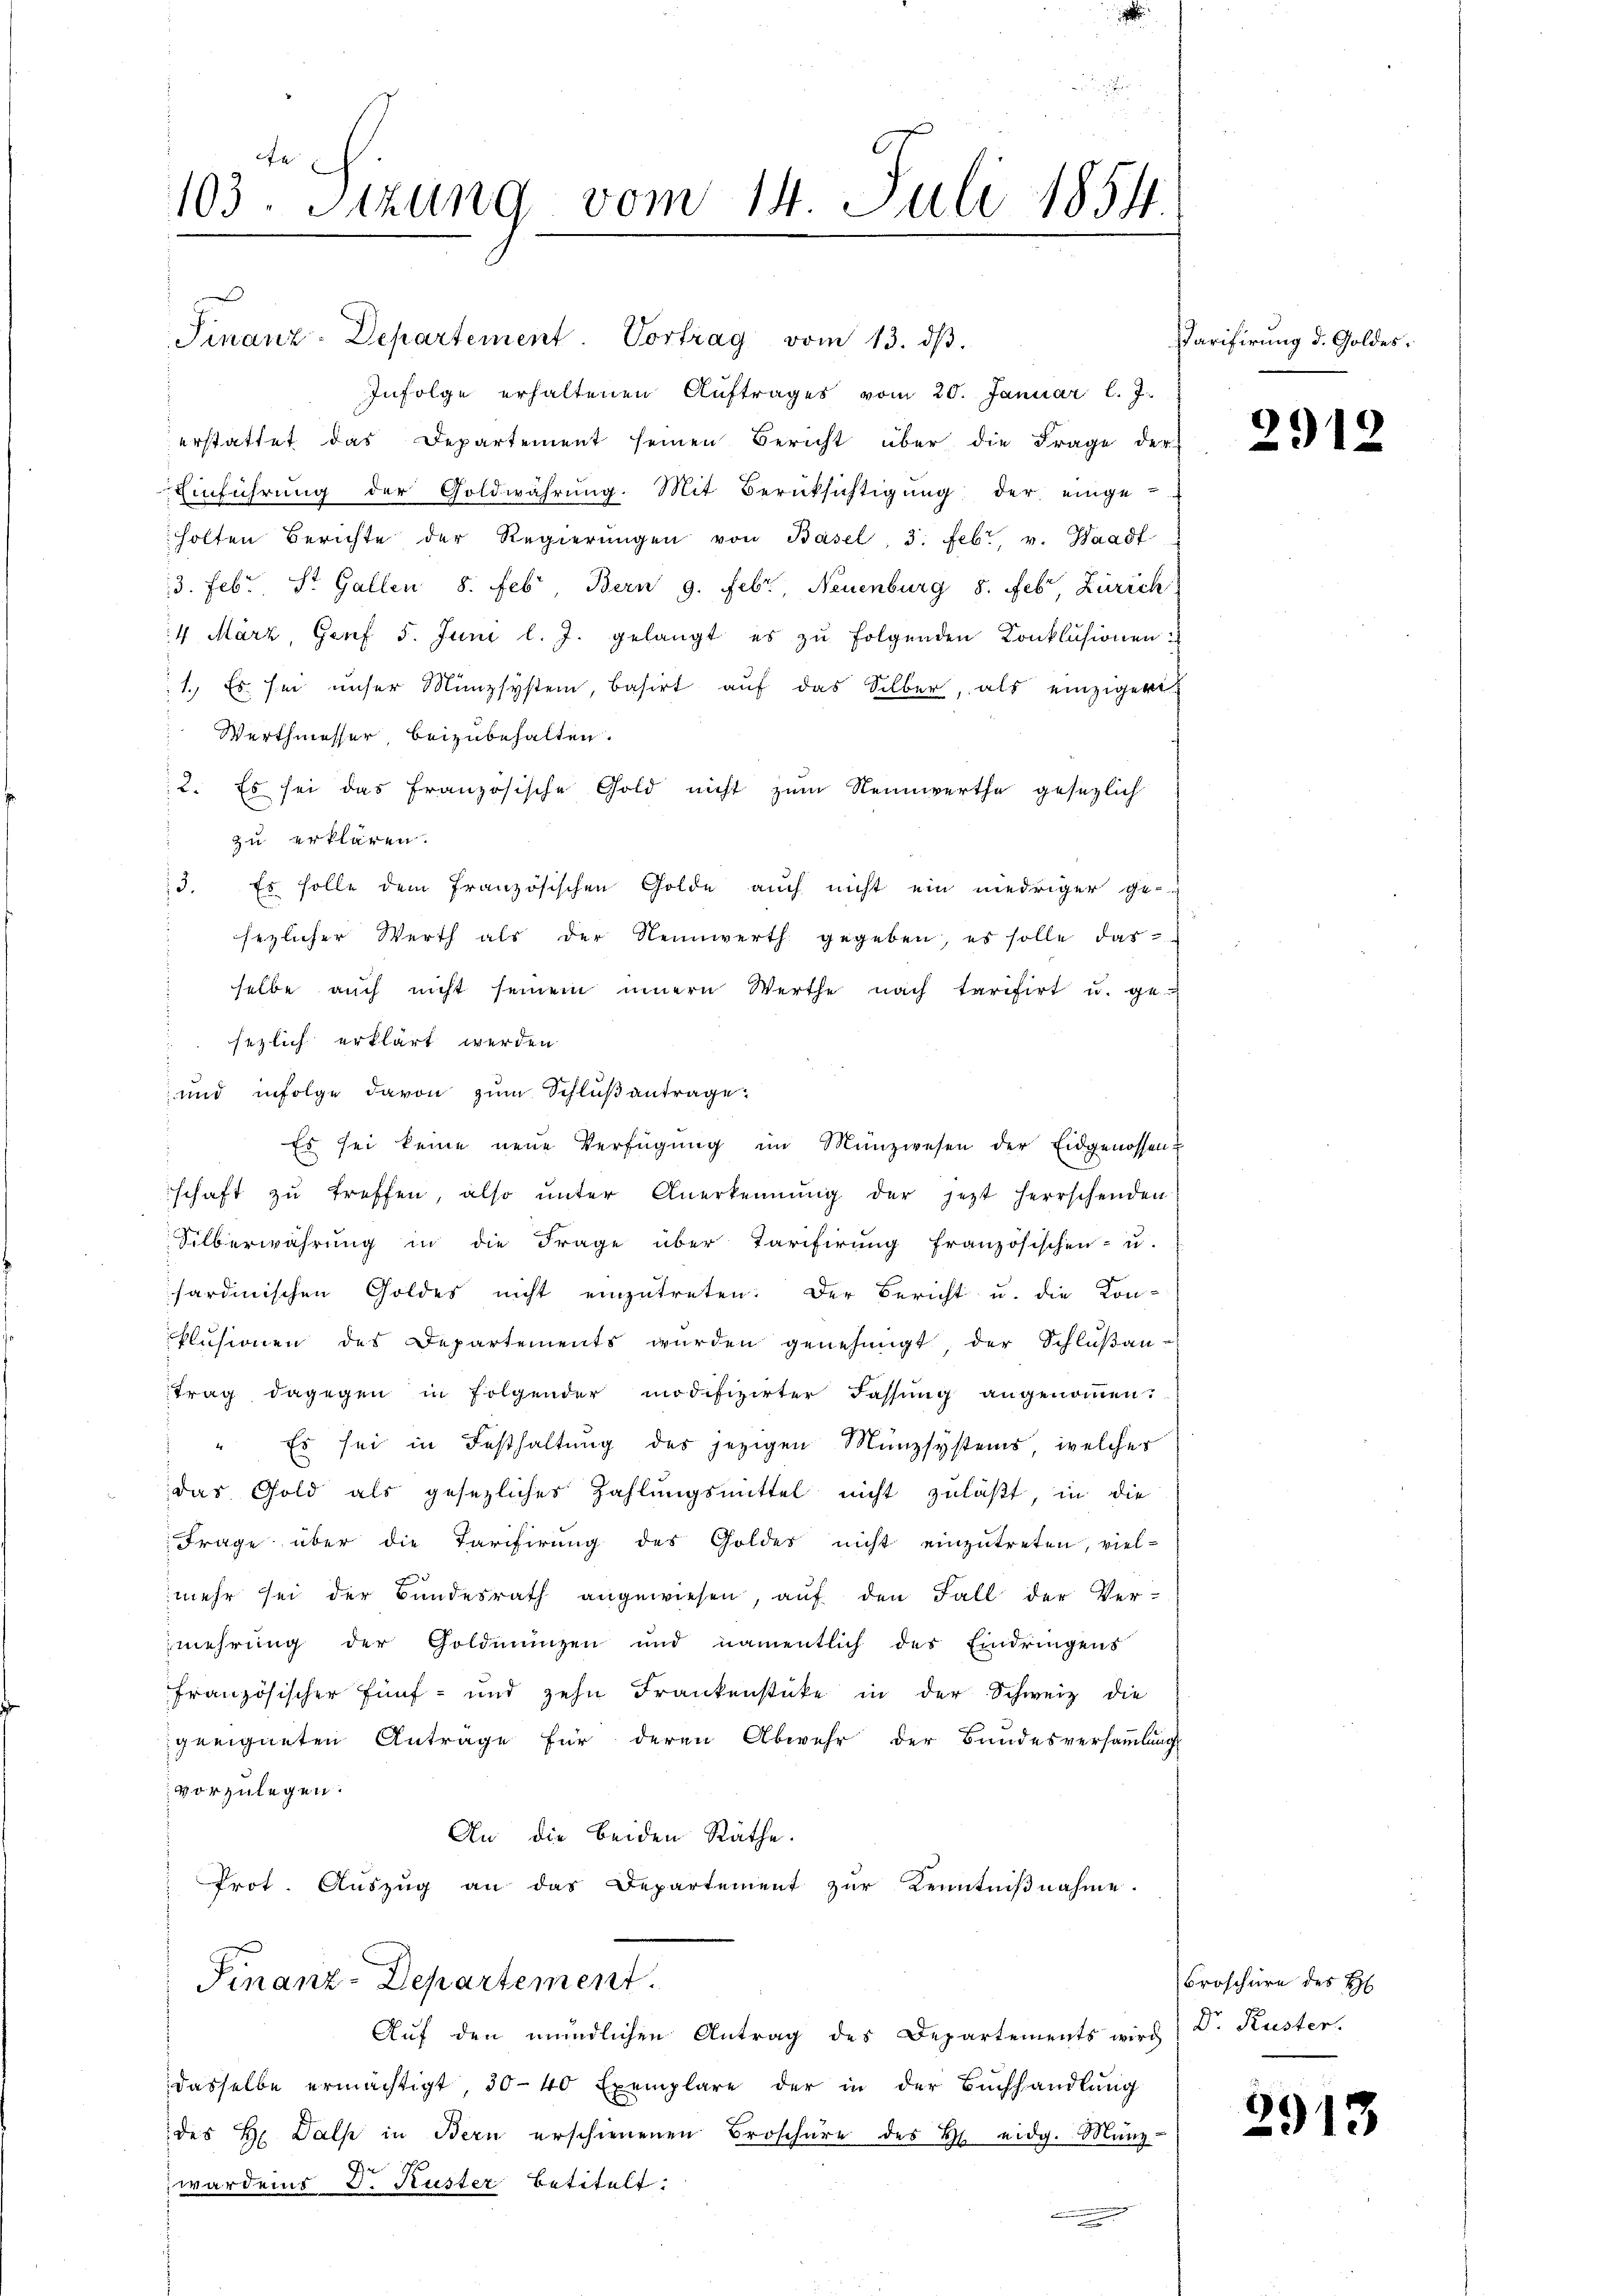
e
103. Stzung vom 14. Juli 1854
—

Finanz-Departement. Vortrag vom 13. dβ.
Infolge erhaltenen Auftrages vom 20. Januar l. J.
erstattet das Departement seinen Bericht über die Frage der
Einführung der Goldwährung. Mit Berüksichtigung der einge-
holten Berichte der Regierŭngen von Basel, 3. Febr. v. Waadt
13. Febr. St. Gallen 8. Feb. Bern 9. Febr., Neuenburg 8. Feb. Zürich
4 März, Genf 5. Juni l. J. gelangt es zu folgenden Conklusionen
1. Es sei unser Münzsystem, basirt auf das Silber, als einzigerte
Werthmesser, beizubehalten.
2. Es sei das französische Gold nicht zum Nennwerthe gesezlich
zu erklären.
13. Es solle dem französischen Golde auch nicht ein niedriger ge-
sezlicher Werth als der Nennwerth gegeben, es solle das
selbe aŭch nicht seinem innern Werthe nach tarifirt u. ge-
sezlich erklärt werden
und infolge davon zum Schlußantrage.
Es sei keine neue Verfügŭng im Münzwesen der Eidgenossen-
schaft zu treffen, also unter Anerkennung der jetzt herrschenden
Silberwährung in die Frage über Tarifirung französischen- u.
sardinischen Goldes nicht einzutreten. Der Bericht u. die Kon-
plusionen des Departements wurden genehmigt, der Schlußan-
trag dagegen in Folgender modifizirter Fassung angenoṁen.
 " Es sei in Festhaltŭng des jezigen Münzsystems, welches
das Gold als gesezlicher Zahlungsmittel nicht zuläßt, in die
Frage über die Tarifirung des Goldes nicht einzŭtreten, viel-
mehr sei der Bundesrath angewiesen, aŭf den Fall der Ver-
mehrung der Goldmünzen und namentlich des Eindringens
französischer Fünf- und zehn Frankenstücke in der Schweiz die
geeigneten Antrage für deren Abwehr der Bundesversammlung
vorzulegen.
An die beiden Räthe.
Prot. Auszug an das Departement zur Kenntniβnahme.
Finanz-Departement.
Aŭf den mündlichen Antrag des Departements wird; D. Kuster,
dasselbe ermächtigt, 30-40 Exemplare der in der Buchhandlung
des H. Dalse in Bern erschienenen Broschüre des H. eidg. Münz-
wardens d. Kuster betitelt:
.

Tarifirung d. Goldes:

2918

Broschüre des H

2913